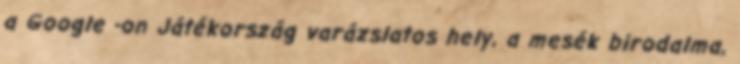
a Google -on Játékország varázslatos hely, a mesék birodalma,